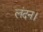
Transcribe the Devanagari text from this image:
लंदन।